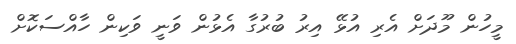
މީހުން މޫދަށް އެރި އުޅޭ އިރު ބުރުގާ އެޅުން ވަނީ ވަކިން ހާއްސަކޮށް